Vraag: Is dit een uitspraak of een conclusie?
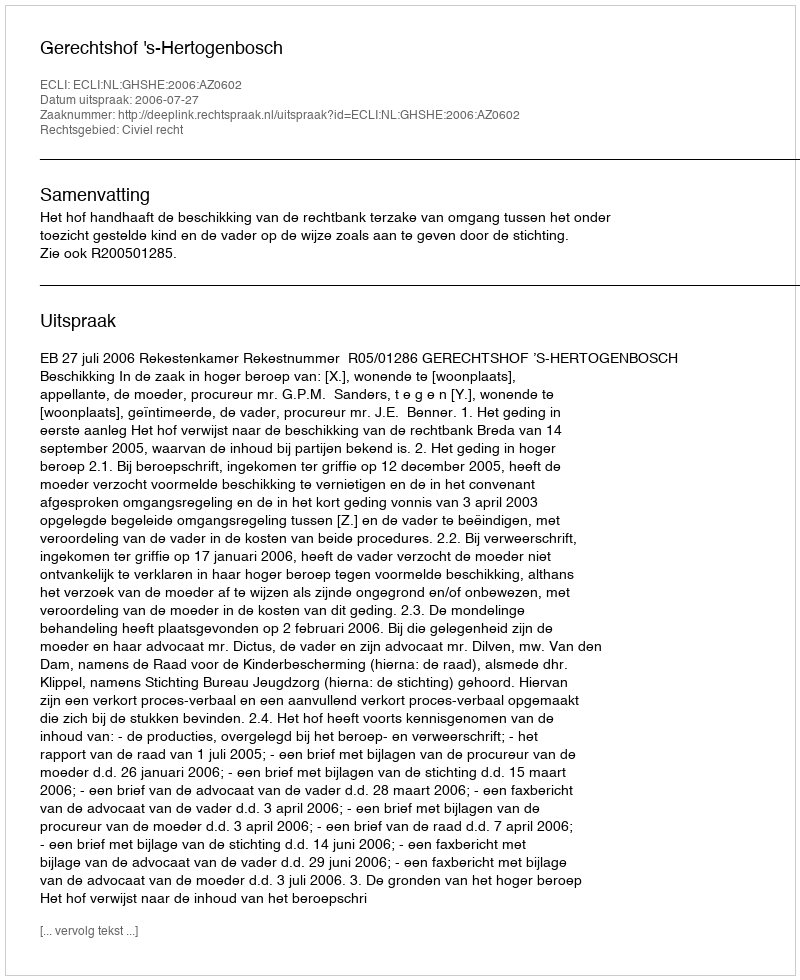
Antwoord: Uitspraak